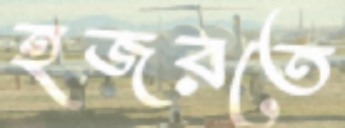
হজরতে